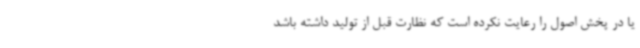
یا در پخش اصول را رعایت نکرده است که نظارت قبل از تولید داشته باشد